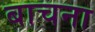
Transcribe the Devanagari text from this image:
बाचना